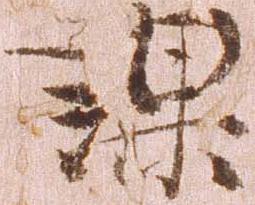
課